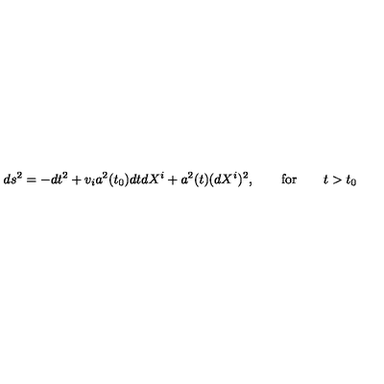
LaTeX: d s ^ { 2 } = - d t ^ { 2 } + v _ { i } a ^ { 2 } ( t _ { 0 } ) d t d X ^ { i } + a ^ { 2 } ( t ) ( d X ^ { i } ) ^ { 2 } , \qquad \mathrm { f o r } \qquad t > t _ { 0 }